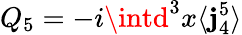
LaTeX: Q_{5}=-i\intd^{3}x\langle\mathbf{j}_{4}^{5}\rangle